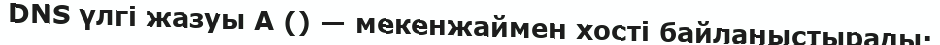
DNS үлгі жазуы А () — мекенжаймен хості байланыстырады;